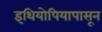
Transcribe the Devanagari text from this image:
इथियोपियापासून